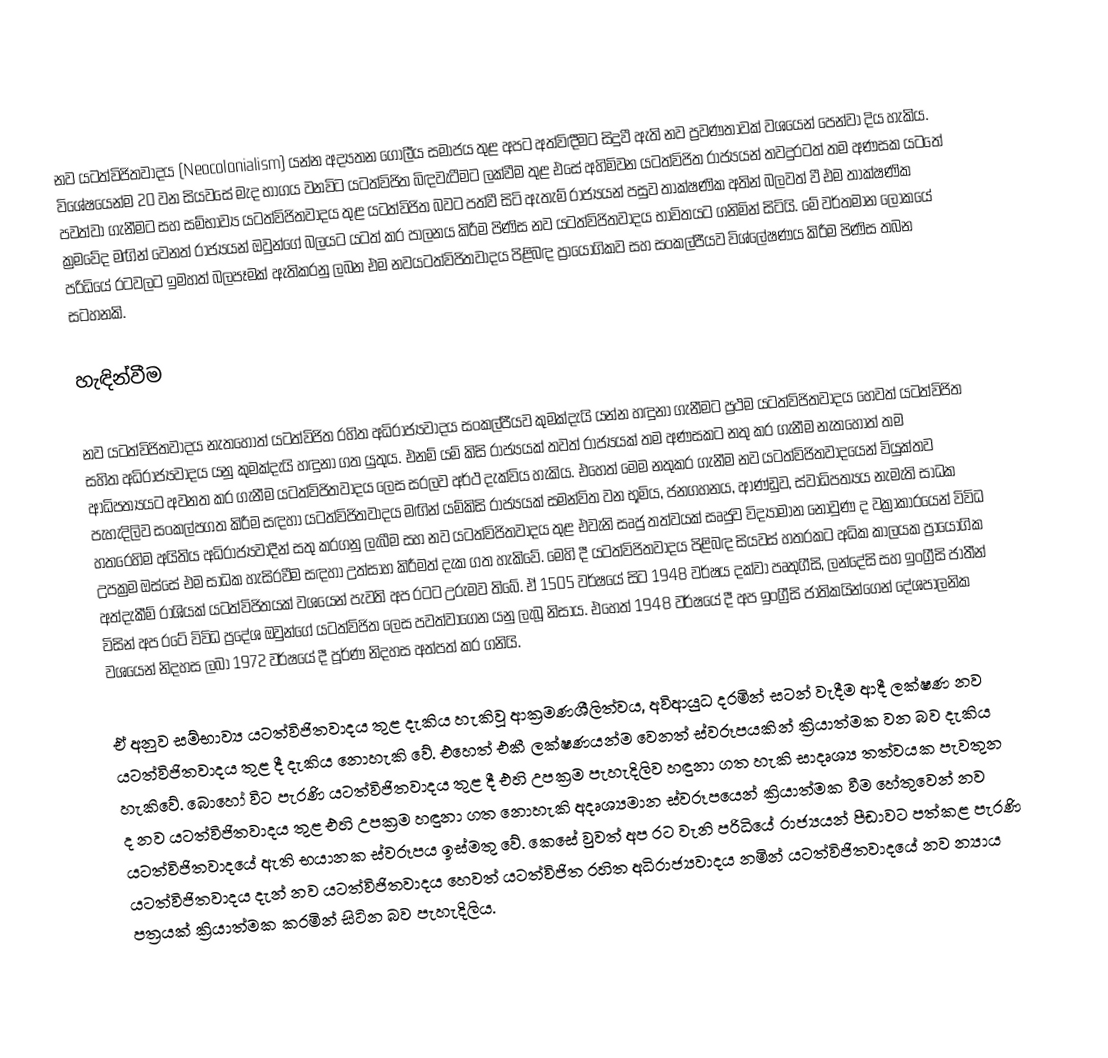
නව යටත්විජිතවාදය (Neocolonialism) යන්න අද්‍යතන ගෝලීය සමාජය තුළ අපට අත්විඳීමට සිදුවී ඇති නව ප්‍රවණතාවක් වශයෙන් පෙන්වා දිය හැකිය. විශේෂයෙන්ම 20 වන සියවසේ මැද භාගය වනවිට යටත්විජිත බිඳවැටීමට ලක්වීම තුළ එසේ අහිමිවන යටත්විජිත රාජ්‍යයන් තවදුරටත් තම අණසක යටතේ පවත්වා ගැනීමට සහ සම්භාව්‍ය යටත්විජිතවාදය තුළ යටත්විජිත බවට පත්වී සිටි ඇතැම් රාජ්‍යයන් පසුව තාක්ෂණික අතින් බලවත් වී එම තාක්ෂණික ක්‍රමවේද මඟින් වෙනත් රාජ්‍යයන් ඔවුන්ගේ බලයට යටත් කර පාලනය කිරීම පිණිස නව යටත්විජිතවාදය භාවිතයට ගනිමින් සිටියි. මේ වර්තමාන ලෝකයේ පරිධියේ රටවලට ඉමහත් බලපෑමක් ඇතිකරනු ලබන එම නවයටත්විජිතවාදය පිළිබඳ ප්‍රායෝගිකව සහ සංකල්පීයව විශ්ලේෂණය කිරීම පිණිස තබන සටහනකි.

හැඳින්වීම

නව යටත්විජිතවාදය නැතහොත් යටත්විජිත රහිත අධිරාජ්‍යවාදය සංකල්පීයව කුමක්දැයි යන්න හඳුනා ගැනීමට ප්‍රථම යටත්විජිතවාදය හෙවත් යටත්විජිත සහිත අධිරාජ්‍යවාදය යනු කුමක්දැයි හඳුනා ගත යුතුය. එනම් යම් කිසි රාජ්‍යයක් තවත් රාජ්‍යයක් තම අණසකට නතු කර ගැනීම නැතහොත් තම ආධිපත්‍යයට අවනත කර ගැනීම යටත්විජිතවාදය ලෙස සරලව අර්ථ දැක්විය හැකිය. එහෙත් මෙම නතුකර ගැනීම නව යටත්විජිතවාදයෙන් වියුක්තව පැහැදිලිව සංකල්පගත කිරීම සඳහා යටත්විජිතවාදය මඟින් යම්කිසි රාජ්‍යයක් සමන්විත වන භූමිය, ජනගහනය, ආණ්ඩුව, ස්වාධිපත්‍යය නැමැති සාධක හතරෙහිම අයිතිය අධිරාජ්‍යවාදීන් සතු කරගනු ලැබීම සහ නව යටත්විජිතවාදය තුළ එවැනි සෘජු තත්වයක් සෘජුව විද්‍යාමාන නොවුණ ද වක්‍රාකාරයෙන් විවිධ උපක්‍රම ඔස්සේ එම සාධක හැසිරවීම සඳහා උත්සාහ කිරීමත් දැක ගත හැකිවේ. මෙහි දී යටත්විජිතවාදය පිළිබඳ සියවස් හතරකට අධික කාලයක ප්‍රායෝගික අත්දැකීම් රාශියක් යටත්විජිතයක් වශයෙන් පැවති අප රටට උරුමව තිබේ. ඒ 1505 වර්ෂයේ සිට 1948 වර්ෂය දක්වා පෘතුගීසි, ලන්දේසි සහ ඉංග්‍රීසි ජාතීන් විසින් අප රටේ විවිධ ප්‍රදේශ ඔවුන්ගේ යටත්විජිත ලෙස පවත්වාගෙන යනු ලැබූ නිසාය. එහෙත්  1948 වර්ෂයේ දී අප ඉංග්‍රීසි ජාතිකයින්ගෙන් දේශපාලනික වශයෙන් නිදහස ලබා 1972 වර්ෂයේ දී පූර්ණ නිදහස අත්පත් කර ගනියි.

ඒ අනුව සම්භාව්‍ය යටත්විජිතවාදය තුළ දැකිය හැකිවූ ආක්‍රමණශීලිත්වය, අවිආයුධ දරමින් සටන් වැදීම ආදී ලක්ෂණ නව යටත්විජිතවාදය තුළ දී දැකිය නොහැකි වේ. එහෙත් එකී ලක්ෂණයන්ම වෙනත් ස්වරූපයකින් ක්‍රියාත්මක වන බව දැකිය හැකිවේ. බොහෝ විට පැරණි යටත්විජිතවාදය තුළ දී එහි උපක්‍රම පැහැදිලිව හඳුනා ගත හැකි සාදෘශ්‍ය තත්වයක පැවතුන ද නව යටත්විජිතවාදය තුළ එහි උපක්‍රම හඳුනා ගත නොහැකි අදෘශ්‍යමාන ස්වරූපයෙන් ක්‍රියාත්මක වීම හේතුවෙන් නව යටත්විජිතවාදයේ ඇති භයානක ස්වරූපය ඉස්මතු වේ. කෙසේ වුවත් අප රට වැනි පරිධියේ රාජ්‍යයන් පීඩාවට පත්කළ පැරණි යටත්විජිතවාදය දැන් නව යටත්විජිතවාදය හෙවත් යටත්විජිත රහිත අධිරාජ්‍යවාදය නමින් යටත්විජිතවාදයේ නව න්‍යාය පත්‍රයක් ක්‍රියාත්මක කරමින් සිටින බව පැහැදිලිය.